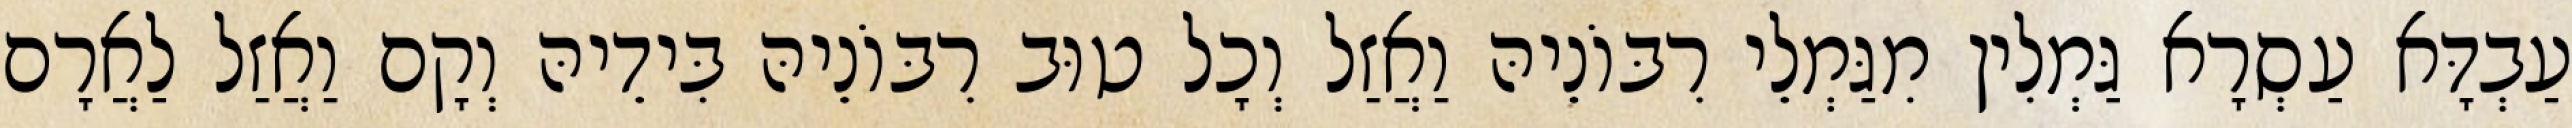
עַבְדָּא עַסְרָא גַּמְלִין מִגַּמְלֵי רִבּוֹנֵיהּ וַאֲזַל וְכָל טוּב רִבּוֹנֵיהּ בִּידֵיהּ וְקָם וַאֲזַל לַאֲרָם